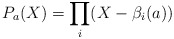
\begin{align*}P_a(X) = \prod_i (X - \beta_i(a))\end{align*}